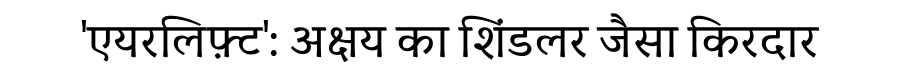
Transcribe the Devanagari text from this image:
'एयरलिफ़्ट': अक्षय का शिंडलर जैसा किरदार